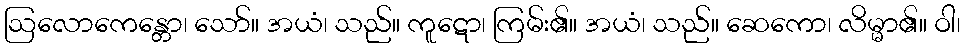
ဩလောကေန္တော၊ သော်။ အယံ၊ သည်။ ကူဋော၊ ကြမ်း၏။ အယံ၊ သည်။ ဆေကော၊ လိမ္မာ၏။ ဝါ၊